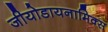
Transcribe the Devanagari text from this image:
जीयोडायनामिक्स